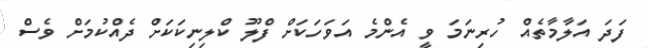
ފަދަ އަލާމާތެއް ހުރިނަމަ ވީ އެންމެ އަވަހަކަށް ފްލޫ ކްލިނިކަކަށް ދެއްކުމަށް ވެސް